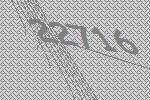
22716